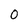
Character: 0